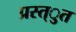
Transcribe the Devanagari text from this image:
प्रस्त्ुत